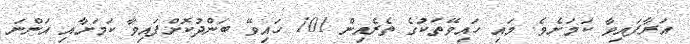
އަރާފައިވާ ކަމަށެވެ. މައި ހައިވޭތަކުގެ ތެރެއިން 101 ހައިވޭ ބަންދުކޮށްފައިވާ ކަމަށާއި އަންނަ